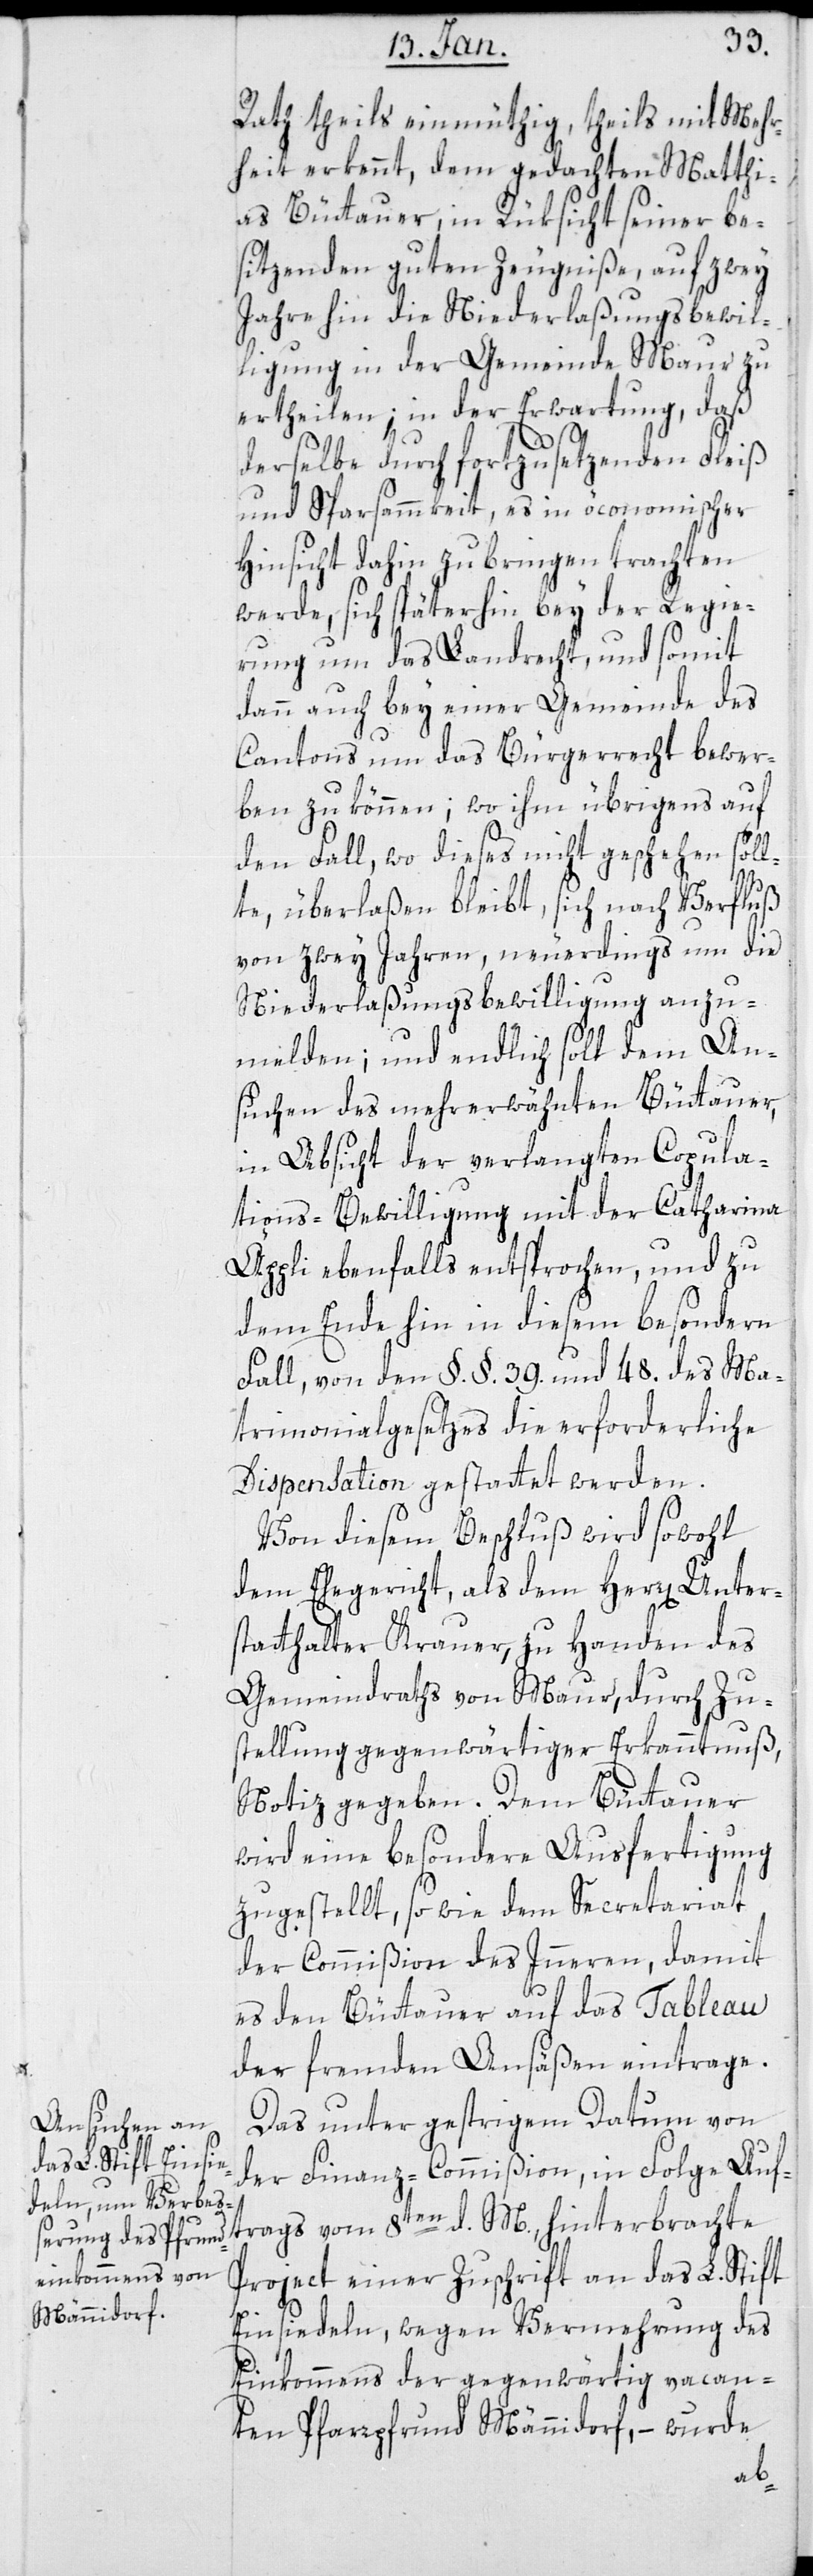
Rath theils einmüthig, teils mit Mehr¬
heit erkennt, dem gedachten Matthi¬
as Büttauer, in Rücksicht seiner be¬
sitzenden guten Zeugniße, auf zwey
Jahre hin die Niederlaßungsbewil¬
ligung in der Gemeinde Maur zu
ertheilen, in der Erwartung, daß
derselbe durch fortzusetzenden Fleiß
und Sparsammkeit, er in öconomischer
Hinsicht dahin zu bringen trachten
werde, sich späterhin bey der Regie¬
rung um das Landrecht und somit
dann auch bey einer Gemeinde des
Cantons um das Bürgerrecht bewer¬
ben zu können; wo ihm übrigens auf
den Fall, wo dieses nicht geschehen soll¬
M.
te, überlaßen bleibt, sich nach Verfluß
von zwey Jahren, neuerdings um die
Niederlaßungsbewilligung anzu¬
melden; und endlich soll dem An¬
suchen des mehrerwähnten Büttauer,
in Absicht der verlangten Copula¬
tions-Bewilligung mit der Catharina
Äppli ebenfalls entsprochen, und zu
dem Ende hin in diesem besondern
Fall, von den §.§. 39. und 48. des Ma¬
trimonialgesetzes die erforderliche
Dispensation gestattet werden.
Von diesem Beschluss wird sowohl
dem Ehegericht als dem Herren Unter¬
statthalter Krauer zu Handen des
Gemeindraths von Maur, durch Zu¬
stellung gegenwärtiger Erkanntnuß
Notiz gegeben. Dem Büttauer
wird eine besondere Ausfertigung
zugestellt, sowie dem Secretariat
der Commißion des Innern, damit
es den Büttauer auf das Tableau
der fremden Ansäßen eintrage.
Das unter gestrigem Datum von
der Finanzcommißion, in Folge Auft¬
Project einer Zuschrift an das L. Stift
Einsiedeln, wegen Vermehrung des
Einkommens der gegenwärtig vacan¬
ten Pfarrpfrund Männidorf, – wurde
rags